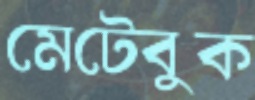
মেটেবুক